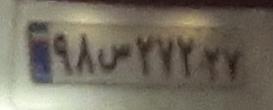
۹۸ص۲۷۲۲۷